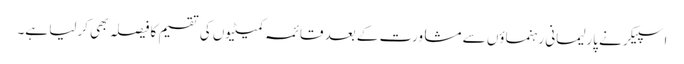
اسپیکر نے پارلیمانی رہنماؤں سے مشاورت کے بعد قائمہ کمیٹیوں کی تقسیم کا فیصلہ بھی کرلیا ہے۔